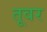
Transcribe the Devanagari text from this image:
तूवर